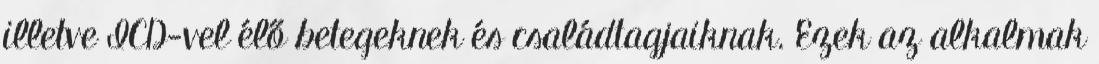
illetve ICD-vel élő betegeknek és családtagjaiknak. Ezek az alkalmak